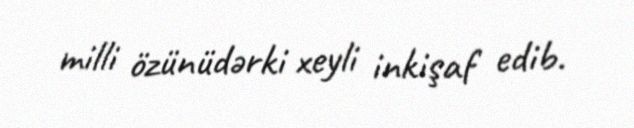
milli özünüdərki xeyli inkişaf edib.